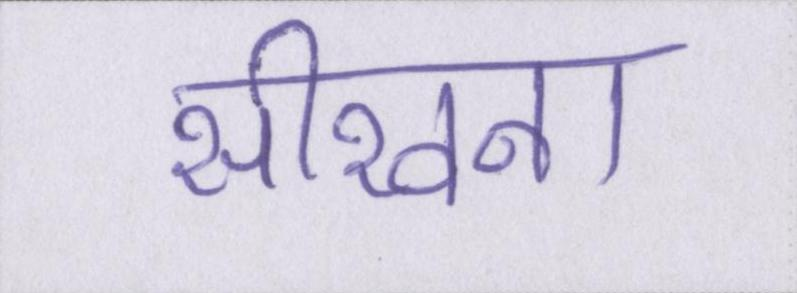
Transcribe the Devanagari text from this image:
सीखना